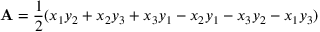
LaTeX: \mathbf { A } = { \frac { 1 } { 2 } } ( x _ { 1 } y _ { 2 } + x _ { 2 } y _ { 3 } + x _ { 3 } y _ { 1 } - x _ { 2 } y _ { 1 } - x _ { 3 } y _ { 2 } - x _ { 1 } y _ { 3 } )